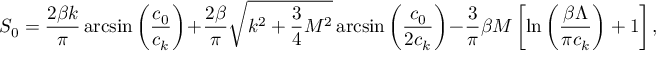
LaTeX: { \cal S } _ { 0 } = \frac { 2 \beta k } { \pi } \arcsin { \left( \frac { c _ { 0 } } { c _ { k } } \right) } + \frac { 2 \beta } { \pi } \sqrt { k ^ { 2 } + \frac { 3 } { 4 } M ^ { 2 } } \arcsin { \left( \frac { c _ { 0 } } { 2 c _ { k } } \right) } - \frac { 3 } { \pi } \beta M \left[ \ln { \left( \frac { \beta \Lambda } { \pi c _ { k } } \right) } + 1 \right] ,